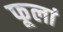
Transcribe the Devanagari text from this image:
फूलां